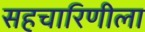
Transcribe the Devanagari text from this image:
सहचारिणीला